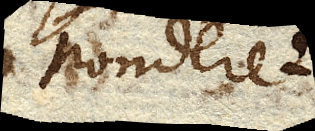
ponderet.